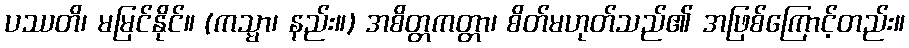
ပဿတိ၊ မမြင်နိုင်။ (ကသ္မာ၊ နည်း။) အစိတ္တကတ္တာ၊ စိတ်မဟုတ်သည်၏ အဖြစ်ကြောင့်တည်း။